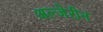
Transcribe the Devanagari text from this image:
अल्जेरीन